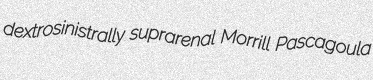
dextrosinistrally suprarenal Morrill Pascagoula